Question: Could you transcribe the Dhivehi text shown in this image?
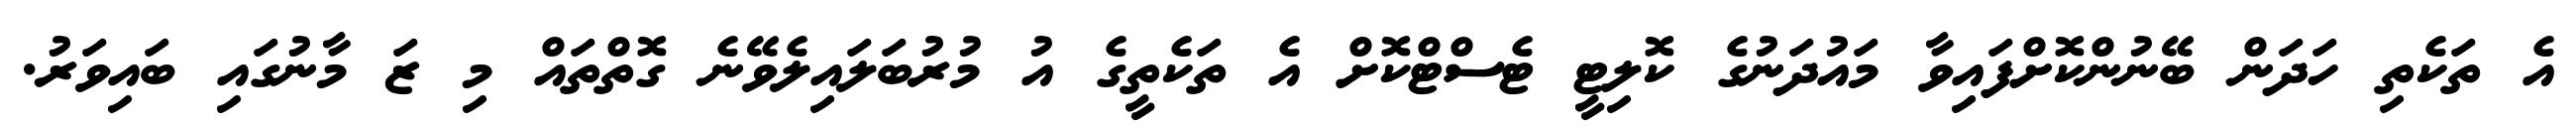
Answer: އެ ތަކެތި ހަދަން ބޭނުންކޮށްފައިވާ މައުދަނުގެ ކޮލިޓީ ޓެސްޓްކޮށް އެ ތަކެތީގެ އު މުރުބަލައިލެވޭނެ ގޮތްތައް މި ޒަ މާނުގައި ބައިވަރު.